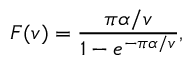
F ( v ) = \frac { \pi \alpha / v } { 1 - e ^ { - \pi \alpha / v } } ,